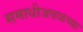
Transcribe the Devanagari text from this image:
समाधीजवळच्या